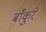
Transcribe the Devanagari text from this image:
बाँकुरे